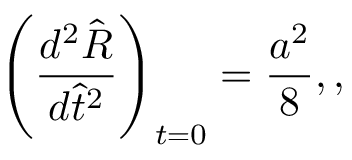
\left( \frac { d ^ { 2 } \hat { R } } { d \hat { t } ^ { 2 } } \right) _ { t = 0 } = \frac { a ^ { 2 } } { 8 } , ,